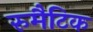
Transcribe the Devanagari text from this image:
रुमैटिक